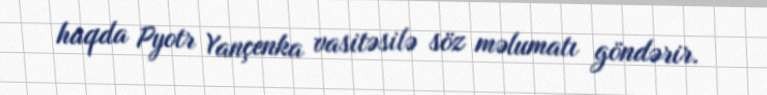
haqda Pyotr Yançenka vasitəsilə söz məlumatı göndərir.